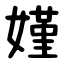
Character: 嫤